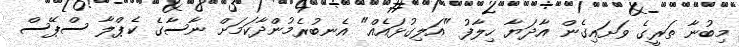
މިބުނާ ތަރީގެ ވަށައިގެން އާދަޔާ ހިލާފު "އަލިގުޅައެއް" އެނބުރެމުންދާކަމަށް ނާސާގެ ކެޕްލާ ސްޕޭސް